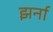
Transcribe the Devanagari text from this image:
झर्ना